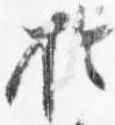
於